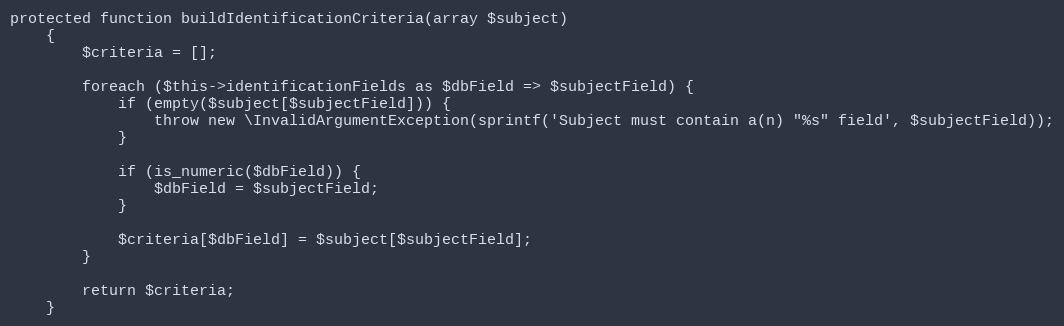
Language: PHP
protected function buildIdentificationCriteria(array $subject)
    {
        $criteria = [];

        foreach ($this->identificationFields as $dbField => $subjectField) {
            if (empty($subject[$subjectField])) {
                throw new \InvalidArgumentException(sprintf('Subject must contain a(n) "%s" field', $subjectField));
            }

            if (is_numeric($dbField)) {
                $dbField = $subjectField;
            }

            $criteria[$dbField] = $subject[$subjectField];
        }

        return $criteria;
    }